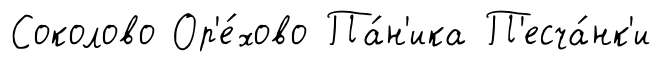
Соколово Ор'е́хово Па́н'ика П'есча́нк'и